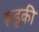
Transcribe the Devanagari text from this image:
रूड़्की